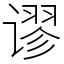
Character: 谬